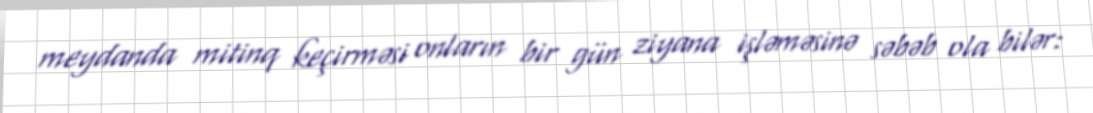
meydanda mitinq keçirməsi onların bir gün ziyana işləməsinə səbəb ola bilər: